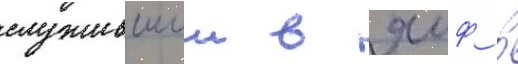
служившии в яиф в